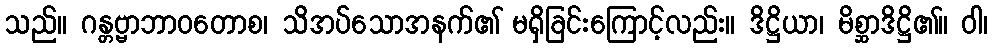
သည်။ ဂန္တဗ္ဗာဘာဝတောစ၊ သိအပ်သောအနက်၏ မရှိခြင်းကြောင့်လည်း။ ဒိဋ္ဌိယာ၊ မိစ္ဆာဒိဋ္ဌိ၏။ ဝါ၊